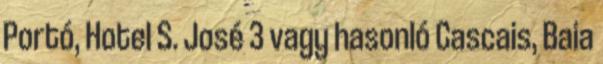
Portó, Hotel S. José 3 vagy hasonló Cascais, Baia